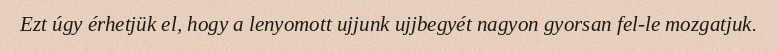
Ezt úgy érhetjük el, hogy a lenyomott ujjunk ujjbegyét nagyon gyorsan fel-le mozgatjuk.